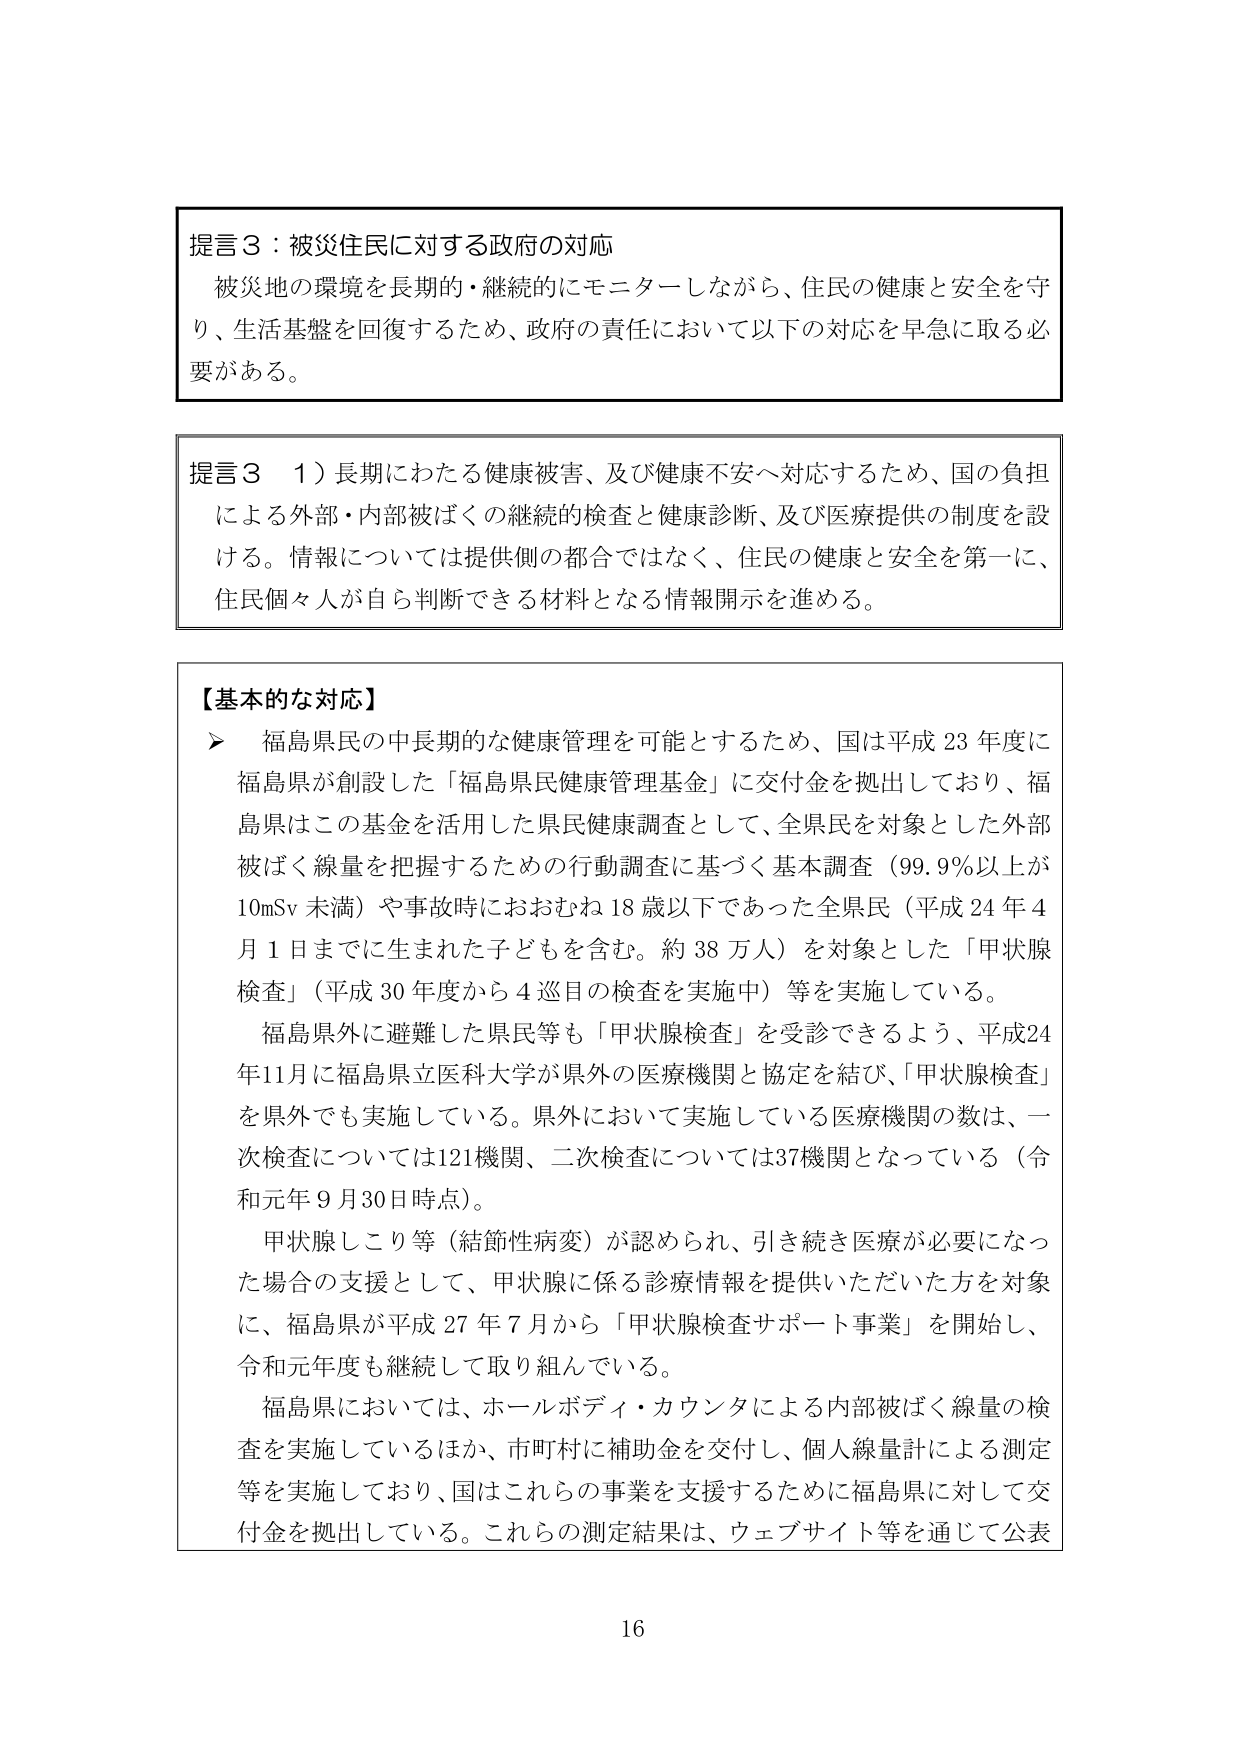
提言３：被災住民に対する政府の対応
被災地の環境を長期的・継続的にモニターしながら、住民の健康と安全を守り、生活基盤を回復するため、政府の責任において以下の対応を早急に取る必要がある。

提言３　１）長期にわたる健康被害、及び健康不安へ対応するため、国の負担による外部・内部被ばくの継続的検査と健康診断、及び医療提供の制度を設ける。情報については提供側の都合ではなく、住民の健康と安全を第一に、住民個々人が自ら判断できる材料となる情報開示を進める。

【基本的な対応】
▶　福島県民の中長期的な健康管理を可能とするため、国は平成23年度に福島県が創設した「福島県民健康管理基金」に交付金を拠出しており、福島県はこの基金を活用した県民健康調査として、全県民を対象とした外部被ばく線量を把握するための行動調査に基づく基本調査（99.9％以上が10mSv未満）や事故時におおむね18歳以下であった全県民（平成24年4月1日までに生まれた子どもを含む。約38万人）を対象とした「甲状腺検査」（平成30年度から4巡目の検査を実施中）等を実施している。
　福島県外に避難した県民等も「甲状腺検査」を受診できるよう、平成24年11月に福島県立医科大学が県外の医療機関と協定を結び、「甲状腺検査」を県外でも実施している。県外において実施している医療機関の数は、一次検査については121機関、二次検査については37機関となっている（令和元年9月30日時点）。
　甲状腺しこり等（結節性病変）が認められ、引き続き医療が必要になった場合の支援として、甲状腺に係る診療情報を提供いただいた方を対象に、福島県が平成27年7月から「甲状腺検査サポート事業」を開始し、令和元年度も継続して取り組んでいる。
　福島県においては、ホールボディ・カウンタによる内部被ばく線量の検査を実施しているほか、市町村に補助金を交付し、個人線量計による測定等を実施しており、国はこれらの事業を支援するために福島県に対して交付金を拠出している。これらの測定結果は、ウェブサイト等を通じて公表

16